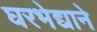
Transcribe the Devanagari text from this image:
घरभेद्याने